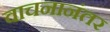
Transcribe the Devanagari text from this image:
वाचनानंतर